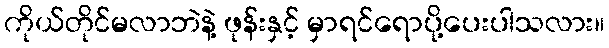
ကိုယ်တိုင်မလာဘဲနဲ့ ဖုန်းနှင့် မှာရင်ရောပို့ပေးပါသလား။